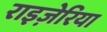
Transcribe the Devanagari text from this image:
राइज़ेरिया